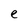
Character: e